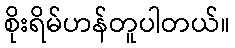
စိုးရိမ်ဟန်တူပါတယ်။